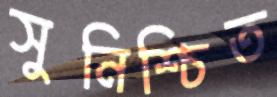
সুনিশ্চিত